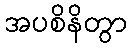
အပစိနိတွာ